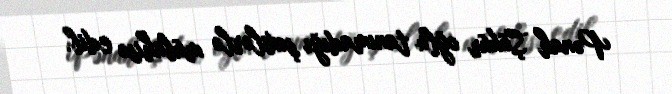
Pənah Şükür oğlu tanımadığı şəxslərlə mübahisə edib.